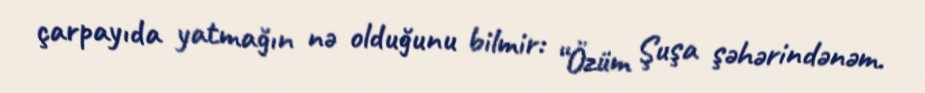
çarpayıda yatmağın nə olduğunu bilmir: “Özüm Şuşa şəhərindənəm.